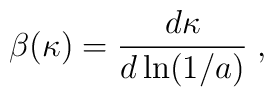
\beta(\kappa) = {{d\kappa} \over {d \ln (1/a)}} \; ,